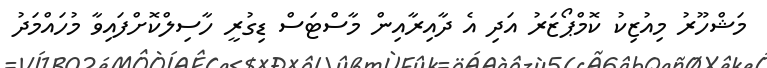
މަޝްހޫރު މިއުޒިކު ކޮމްޕޯޒަރު އަދި އެ ދާއިރާއިން މާސްޓަސް ޑިގުރީ ހާސިލްކޮށްފައިވާ މުހައްމަދު